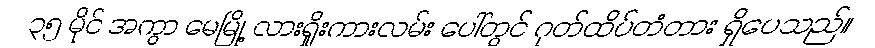
၃၅ မိုင် အကွာ မေမြို့ လားရှိုးကားလမ်း ပေါ်တွင် ဂုတ်ထိပ်တံတား ရှိပေသည်။